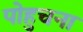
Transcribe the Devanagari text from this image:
पोहुचना